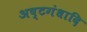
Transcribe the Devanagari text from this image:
अष्टगंधादि